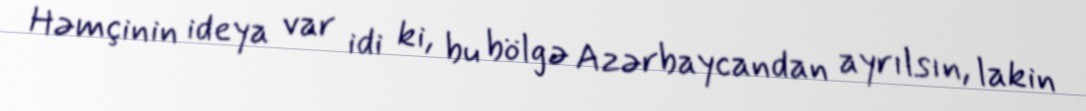
Həmçinin ideya var idi ki, bu bölgə Azərbaycandan ayrılsın, lakin